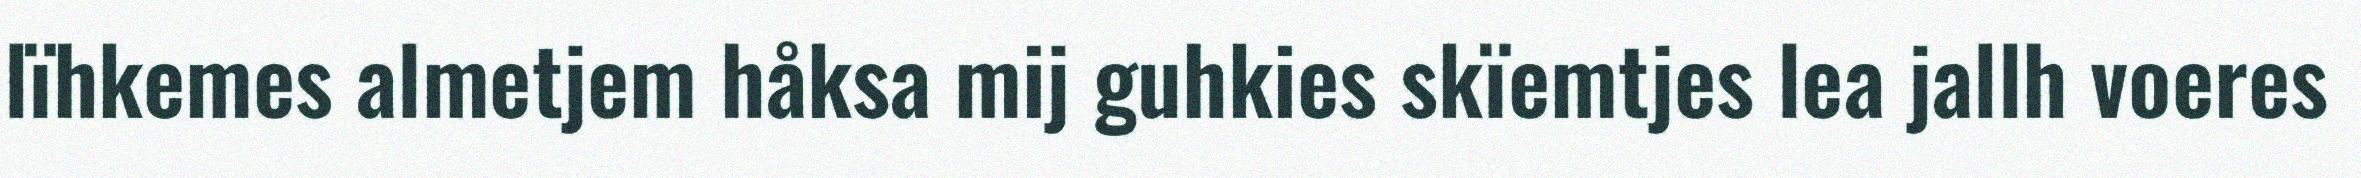
lïhkemes almetjem håksa mij guhkies skïemtjes lea jallh voeres